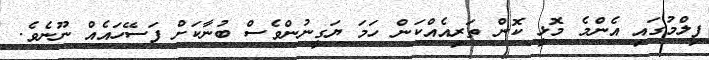
ފިލްމުގައި އެންމެ މޮޅީ ކޮން ތަރިއެއްކަން ހަމަ ޔަގީނުންވެސް ބުނާކަށް ފަސޭހައެއް ނޫނެވެ.